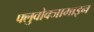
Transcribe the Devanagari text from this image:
फ्लुवोक्जामाइन